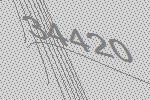
34420